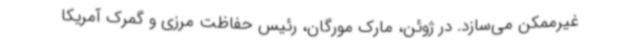
غیرممکن می‌سازد. در ژوئن، مارک مورگان، رئیس حفاظت مرزی و گمرک آمریکا